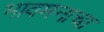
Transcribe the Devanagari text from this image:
भावमनाचा